DOW-UAP-D49, Launch Summary, Vandenberg AFB, 2000
Agency: Department of War
Incident date: 2/3/00
Page 55
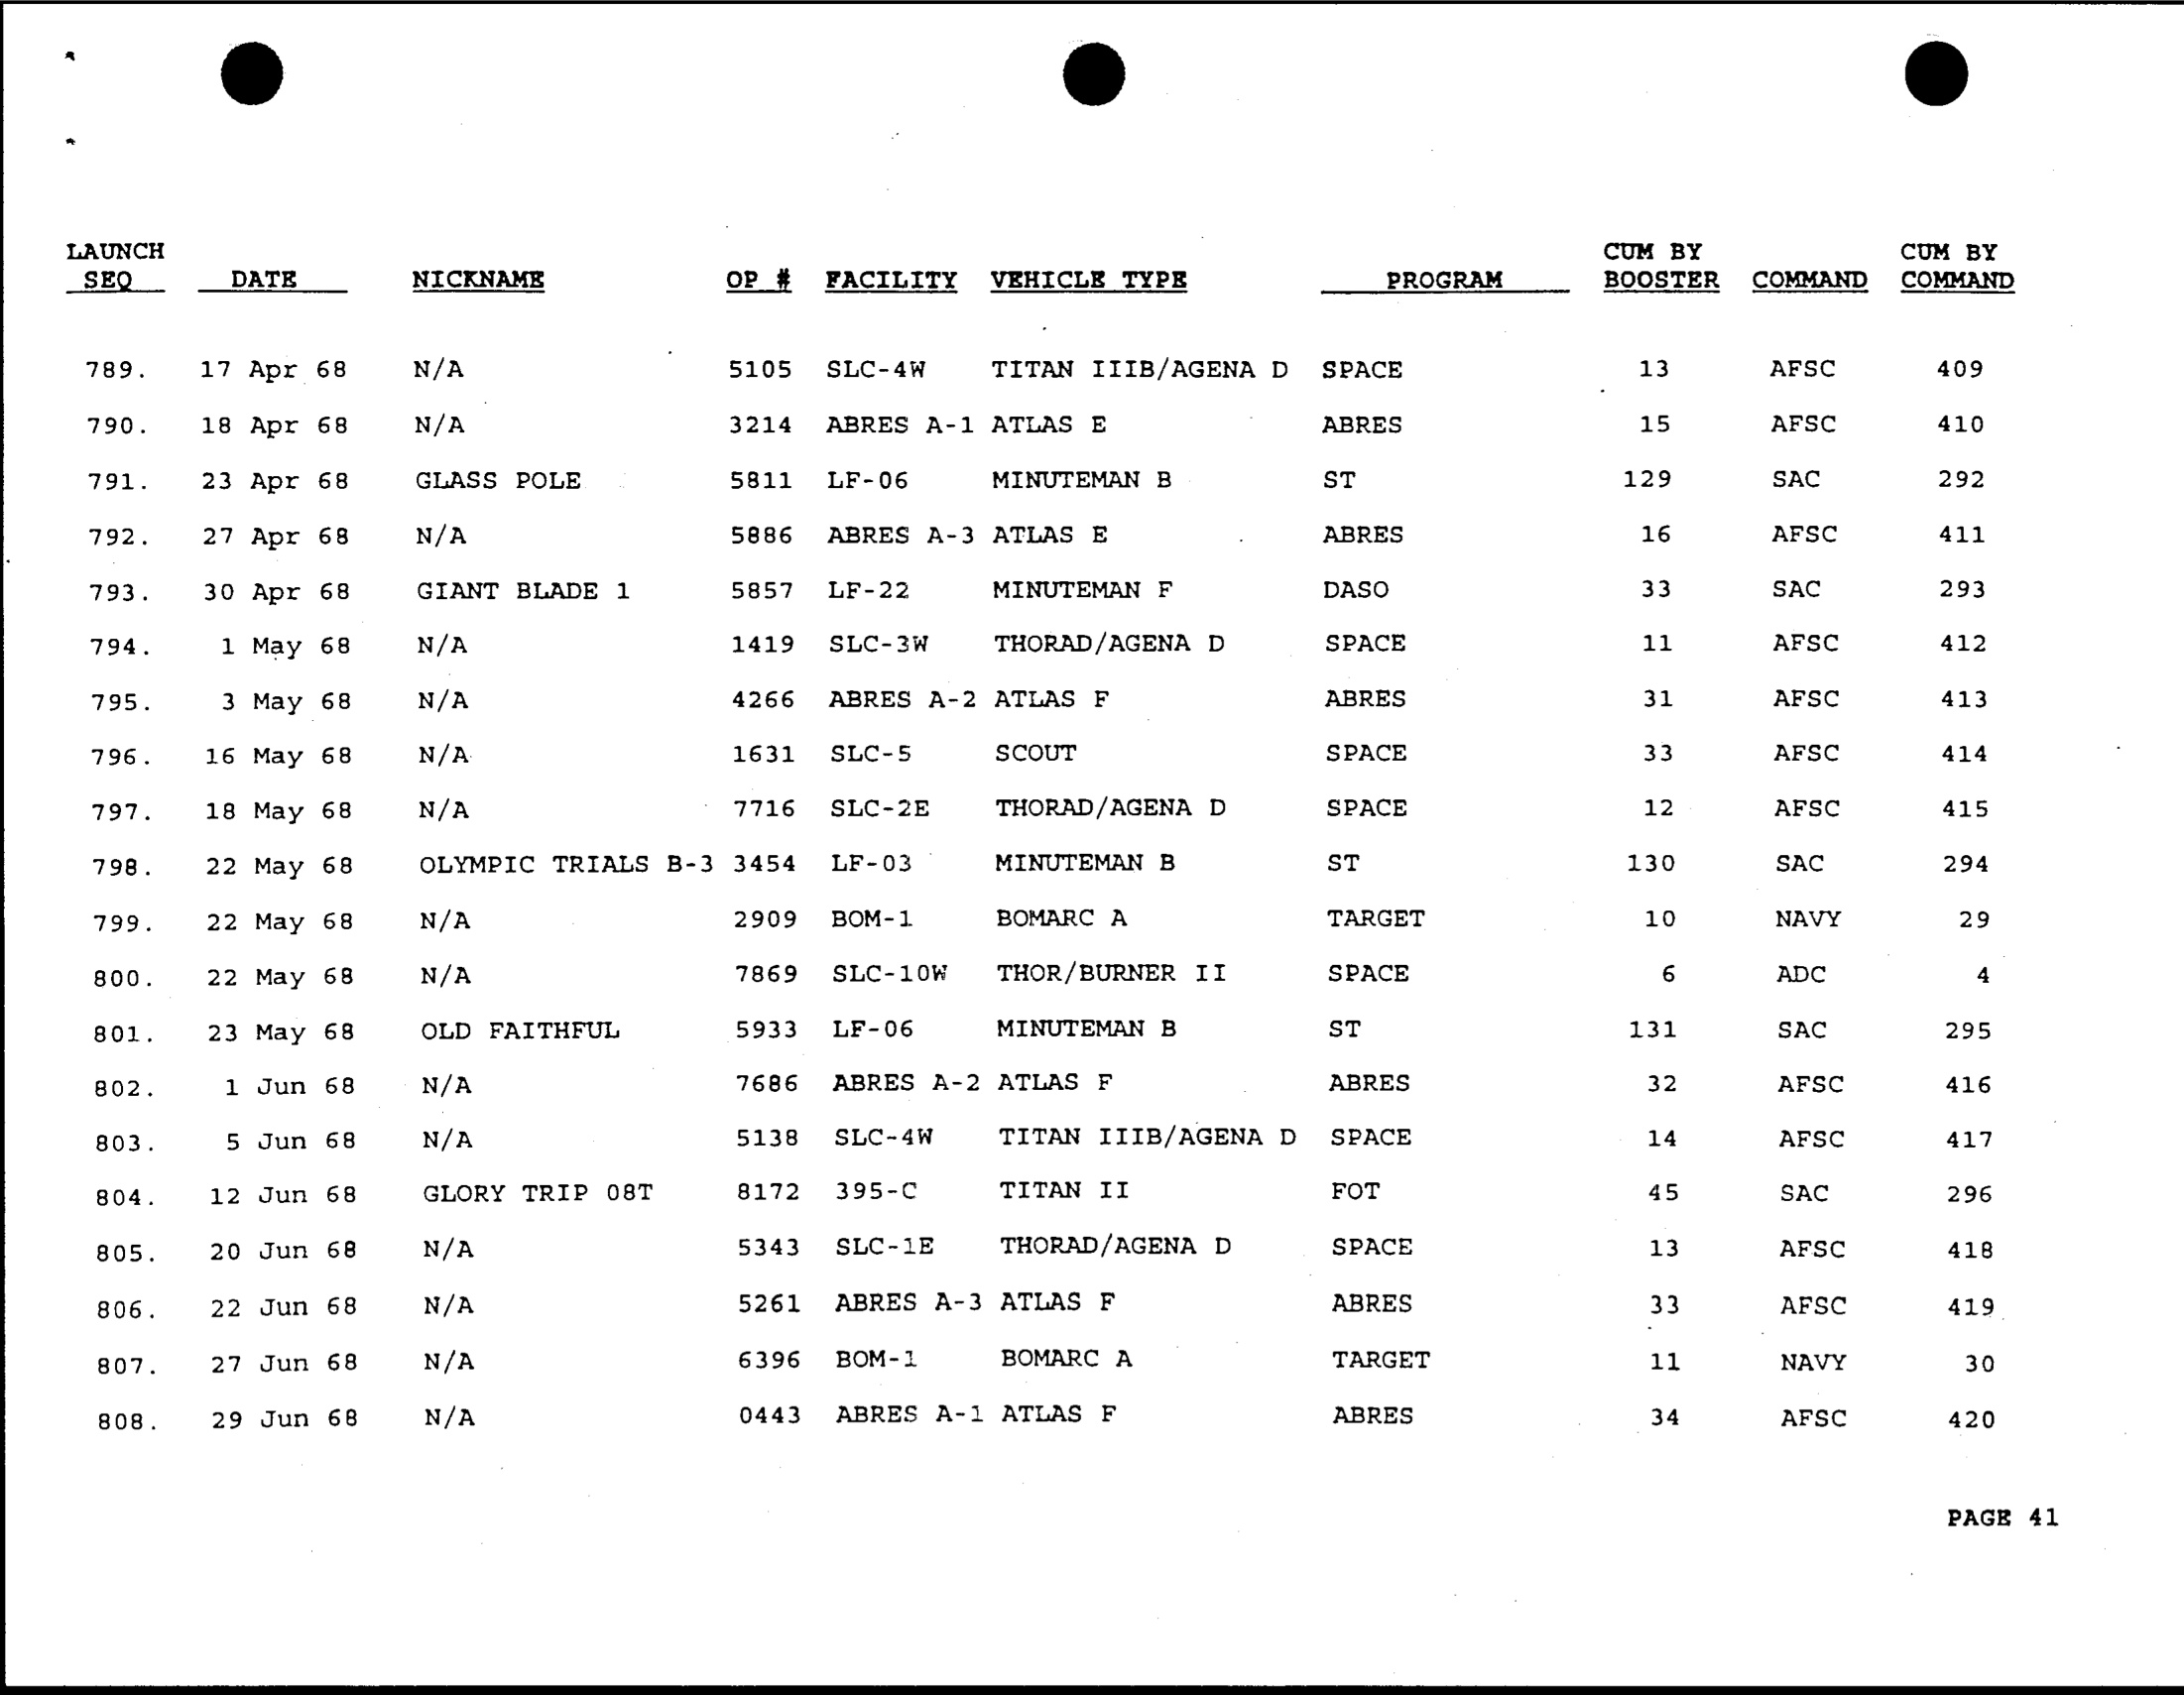